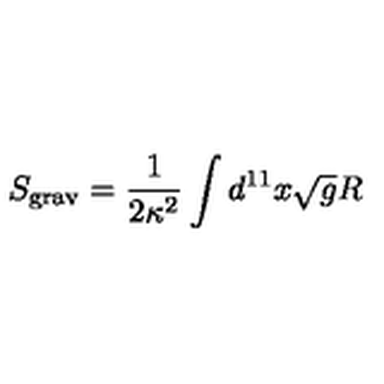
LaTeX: S _ { \mathrm { g r a v } } = \frac { 1 } { 2 \kappa ^ { 2 } } \int d ^ { 1 1 } x \sqrt { g } R